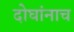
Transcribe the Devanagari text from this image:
दोघांनाच